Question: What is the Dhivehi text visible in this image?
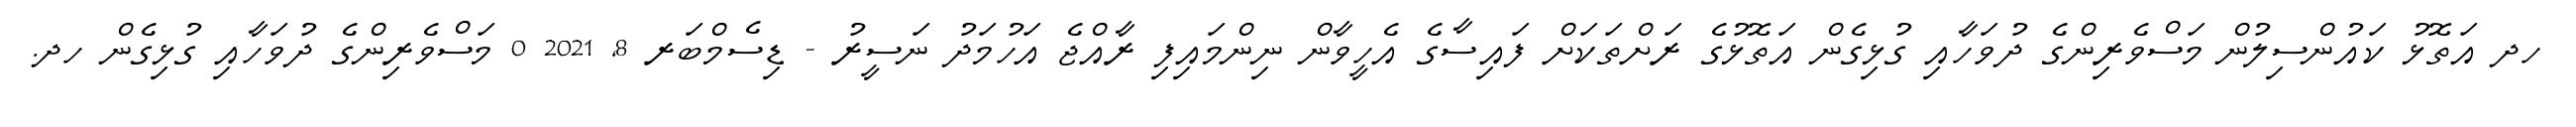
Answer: ހދ އަތޮޅު ކައުންސިލުން މަސްވެރިންގެ ދުވަހާއި ގުޅިގެން އަތޮޅުގެ ރަށްތަކަށް ފައިސާގެ އެހީވާން ނިންމައިފި ރާއްޖެ އަހުމަދު ނަސީރު - ޑިސެމްބަރ 8, 2021 0 މަސްވެރިންގެ ދުވަހާއި ގުޅިގެން ހދ.